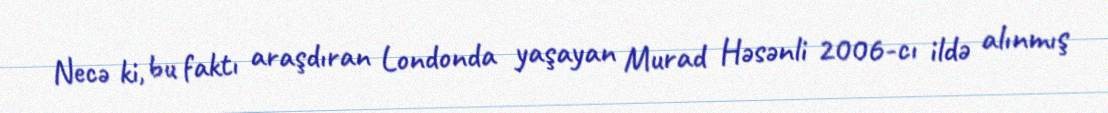
Necə ki, bu faktı araşdıran Londonda yaşayan Murad Həsənli 2006-cı ildə alınmış